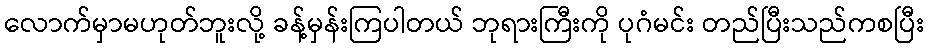
လောက်မှာမဟုတ်ဘူးလို့ ခန့်မှန်းကြပါတယ် ဘုရားကြီးကို ပုဂံမင်း တည်ပြီးသည်ကစပြီး